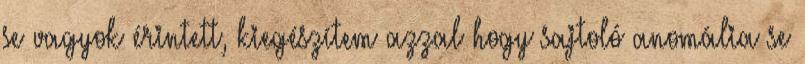
se vagyok érintett, kiegészítem azzal hogy sajtoló anomália se